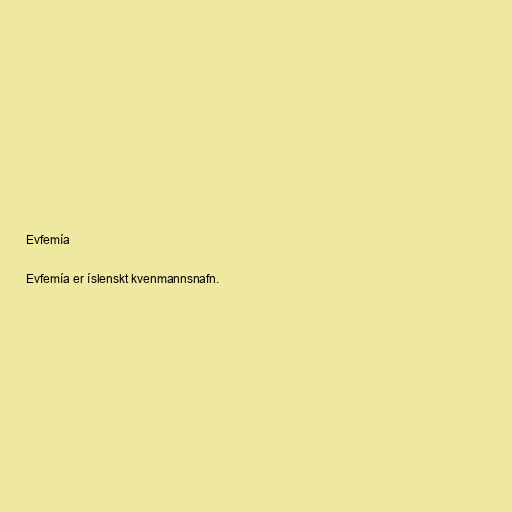
Evfemía

Evfemía er íslenskt kvenmannsnafn.